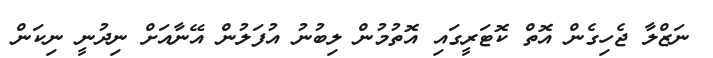
ނަޒްލާ ޖެހިގެން އޮތް ކޮޓަރީގައި އޮތުމުން ލިބުނު އުފަލުން އޭނާއަށް ނިދުނީ ނިކަން